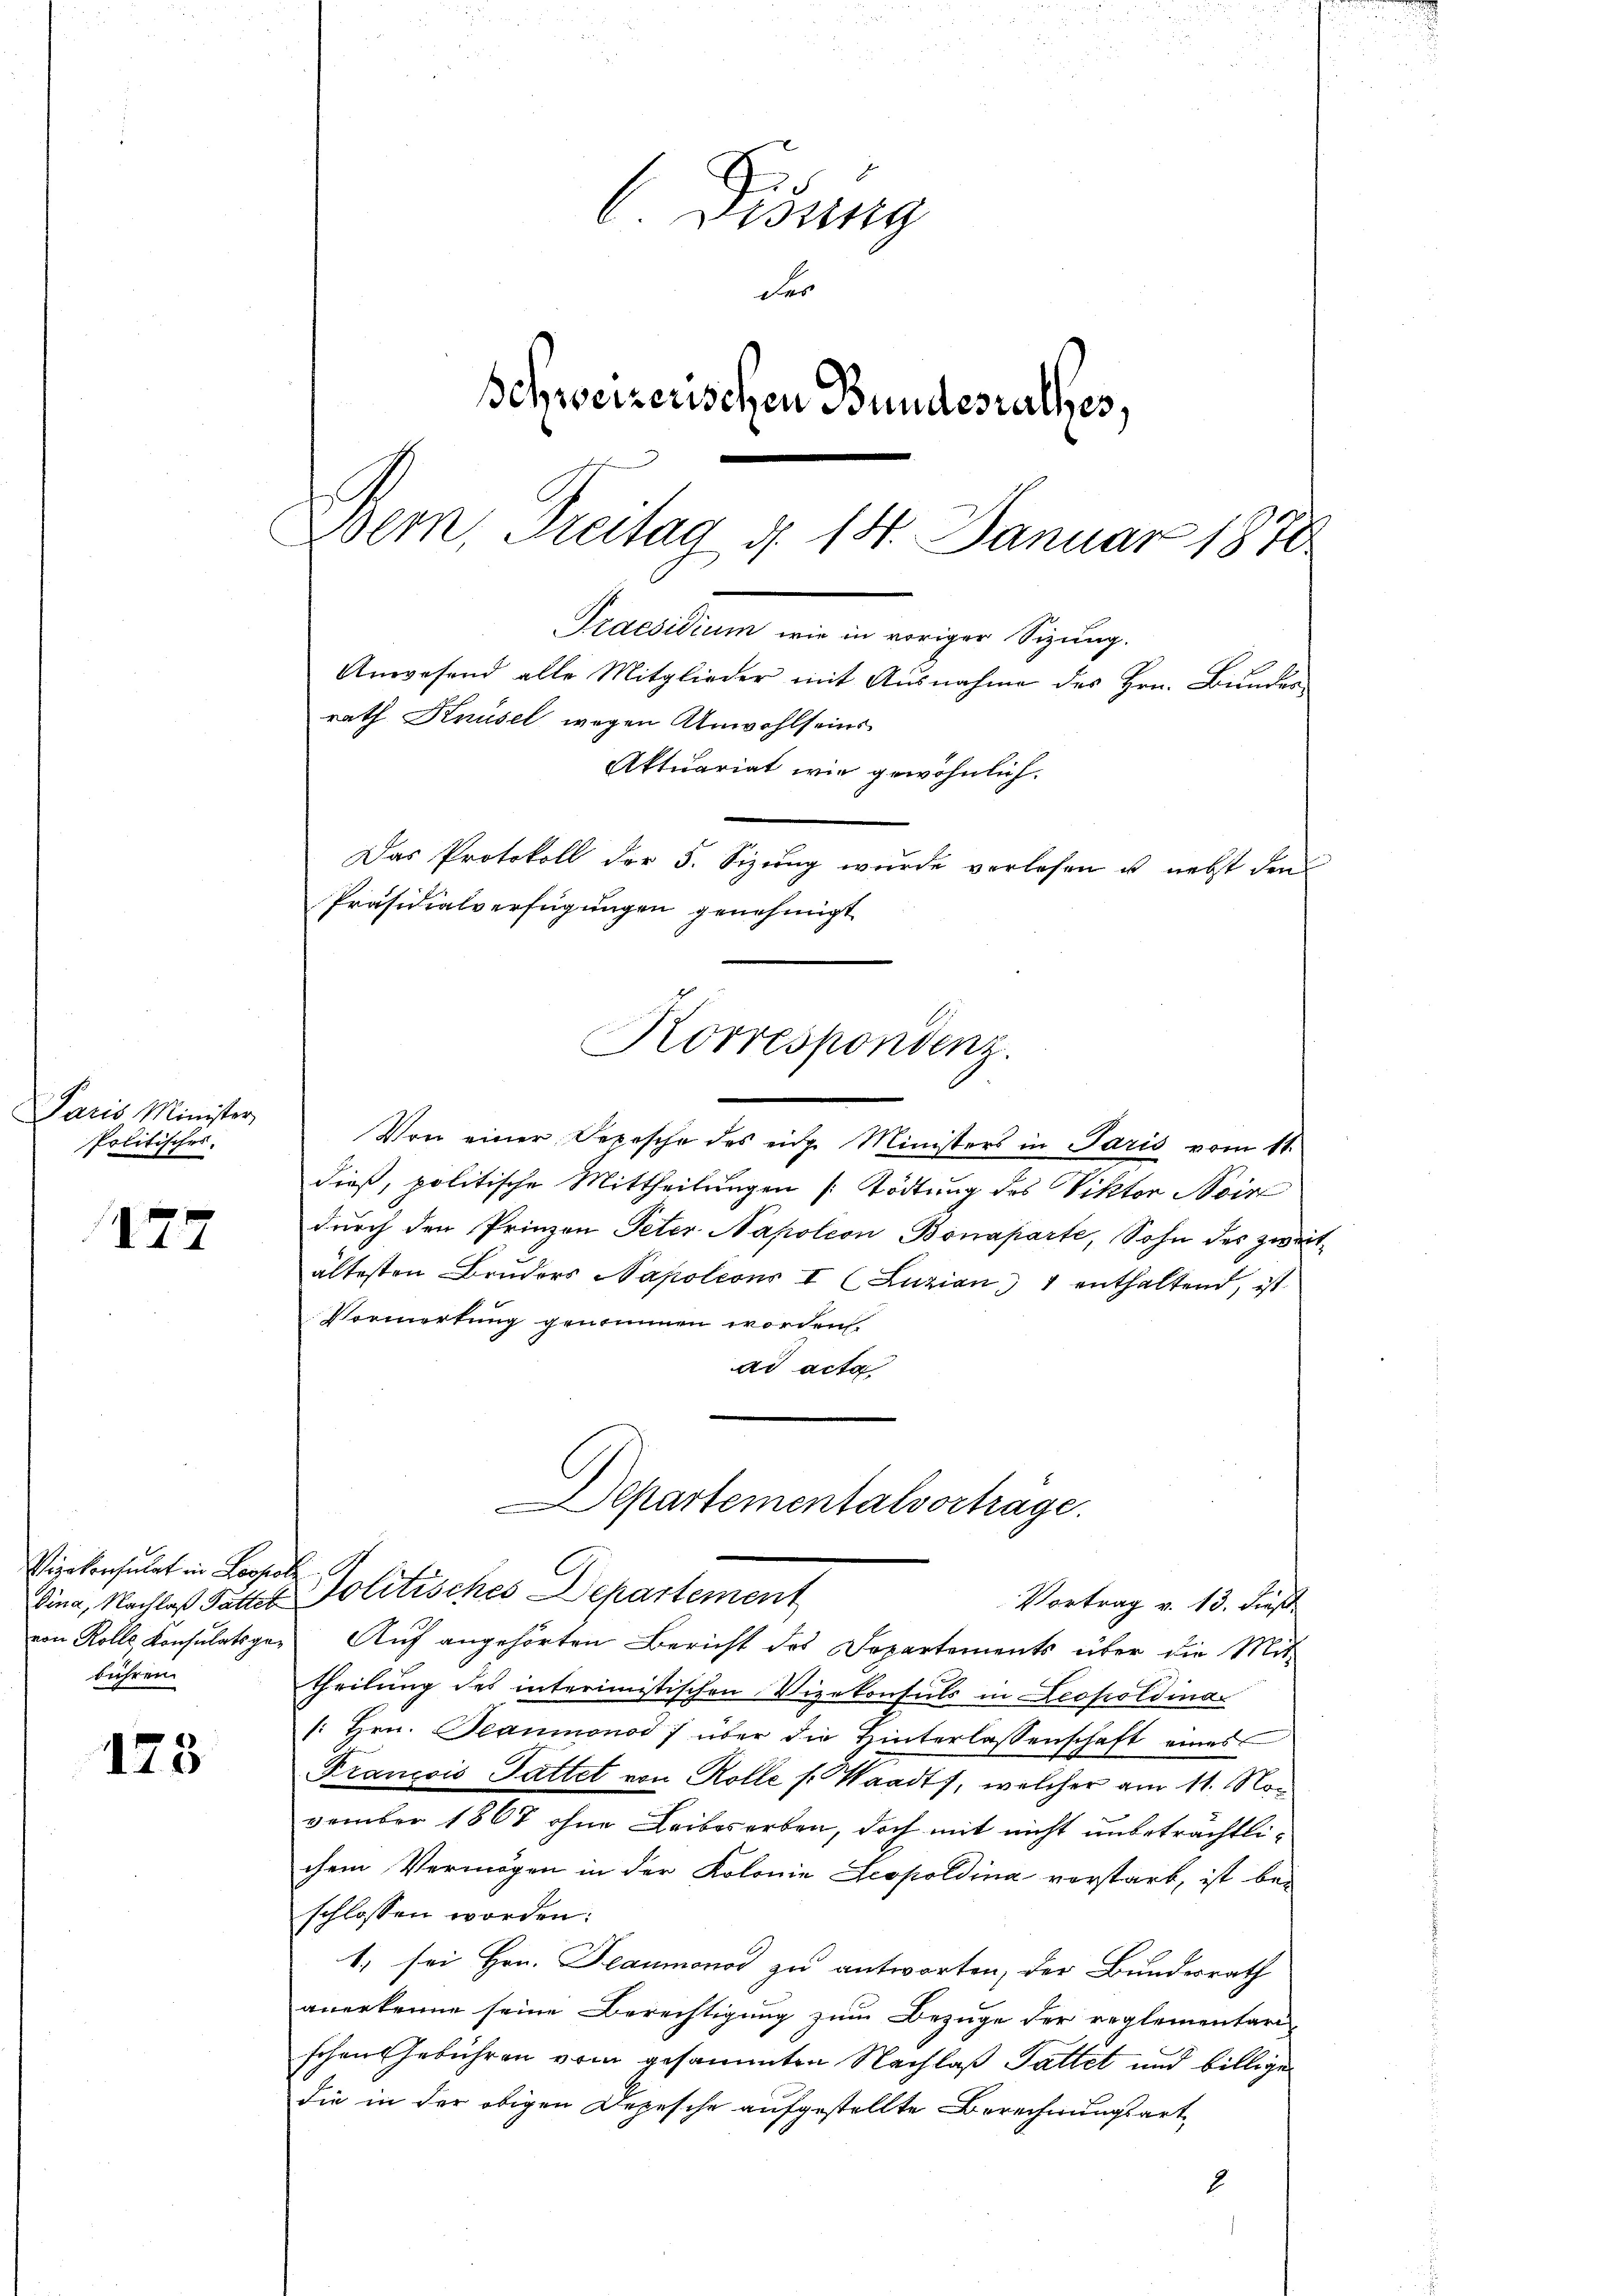
Paris Minister
Politisches.

12

Vizekonsulat in Leopol
von Rolle Konsulatsgebühren.

173

Disung
der
Schweizerischen Bundesrathes,
Bern, Freitag d. 14. Januar 1878

Praesidium wie in voriger Sizung.
Anwesend alle Mitglieder mit Ausnahme des Hrn. Bundes
rath Knüsel wegen Anwohlseins
Aktuariat wie gewöhnlich.
Das Protokoll der 5. Sizung wurde verlesen u. nebst den
Präsidialverfügungen genehmigt
Korrespondenz.

Von einer Depesche des eine Ministers in Paris vom 11.
dieß, politische Mittheilungen [Tödtung des Viktor Noir
dŭrch den Prinzen Peter Napoleon Bonaparte, Sohn des zweitältesten Brŭders Napoleons I (Luzian 1 enthaltend, ist
Vormerkung genommen worden
ad acta
Departementalvortrage.
l
Dina, Nachlaß Fattet Politisches Departement
Vortrag v. 13. dieß
Auf angehörten Bericht des Departements über die Mit-
theilung des interimistischen Vizekonsuls in Leopoldina¬
: Hrn. Beaumonod / über die Hinterlassenschaft eines
Franzois Sattet von Rolle s. Waadt, welcher am 11. November 1867 ohne Leibesorben, doch mit nicht unbeträchtlichem Vermögen in der Kolonie Leopoldina verstarb, ist bei
schlossen worden:
1; sei Hrn. Beaumonos zu antworten, der Bundesrath
anerkenne seine Berechtigung zum Bezuge der reglementari-
schen Gebühren vom gesammten Nachlaß Pattet und billige
die in der obigen Depesche aufgestellte Berechnungsart
2